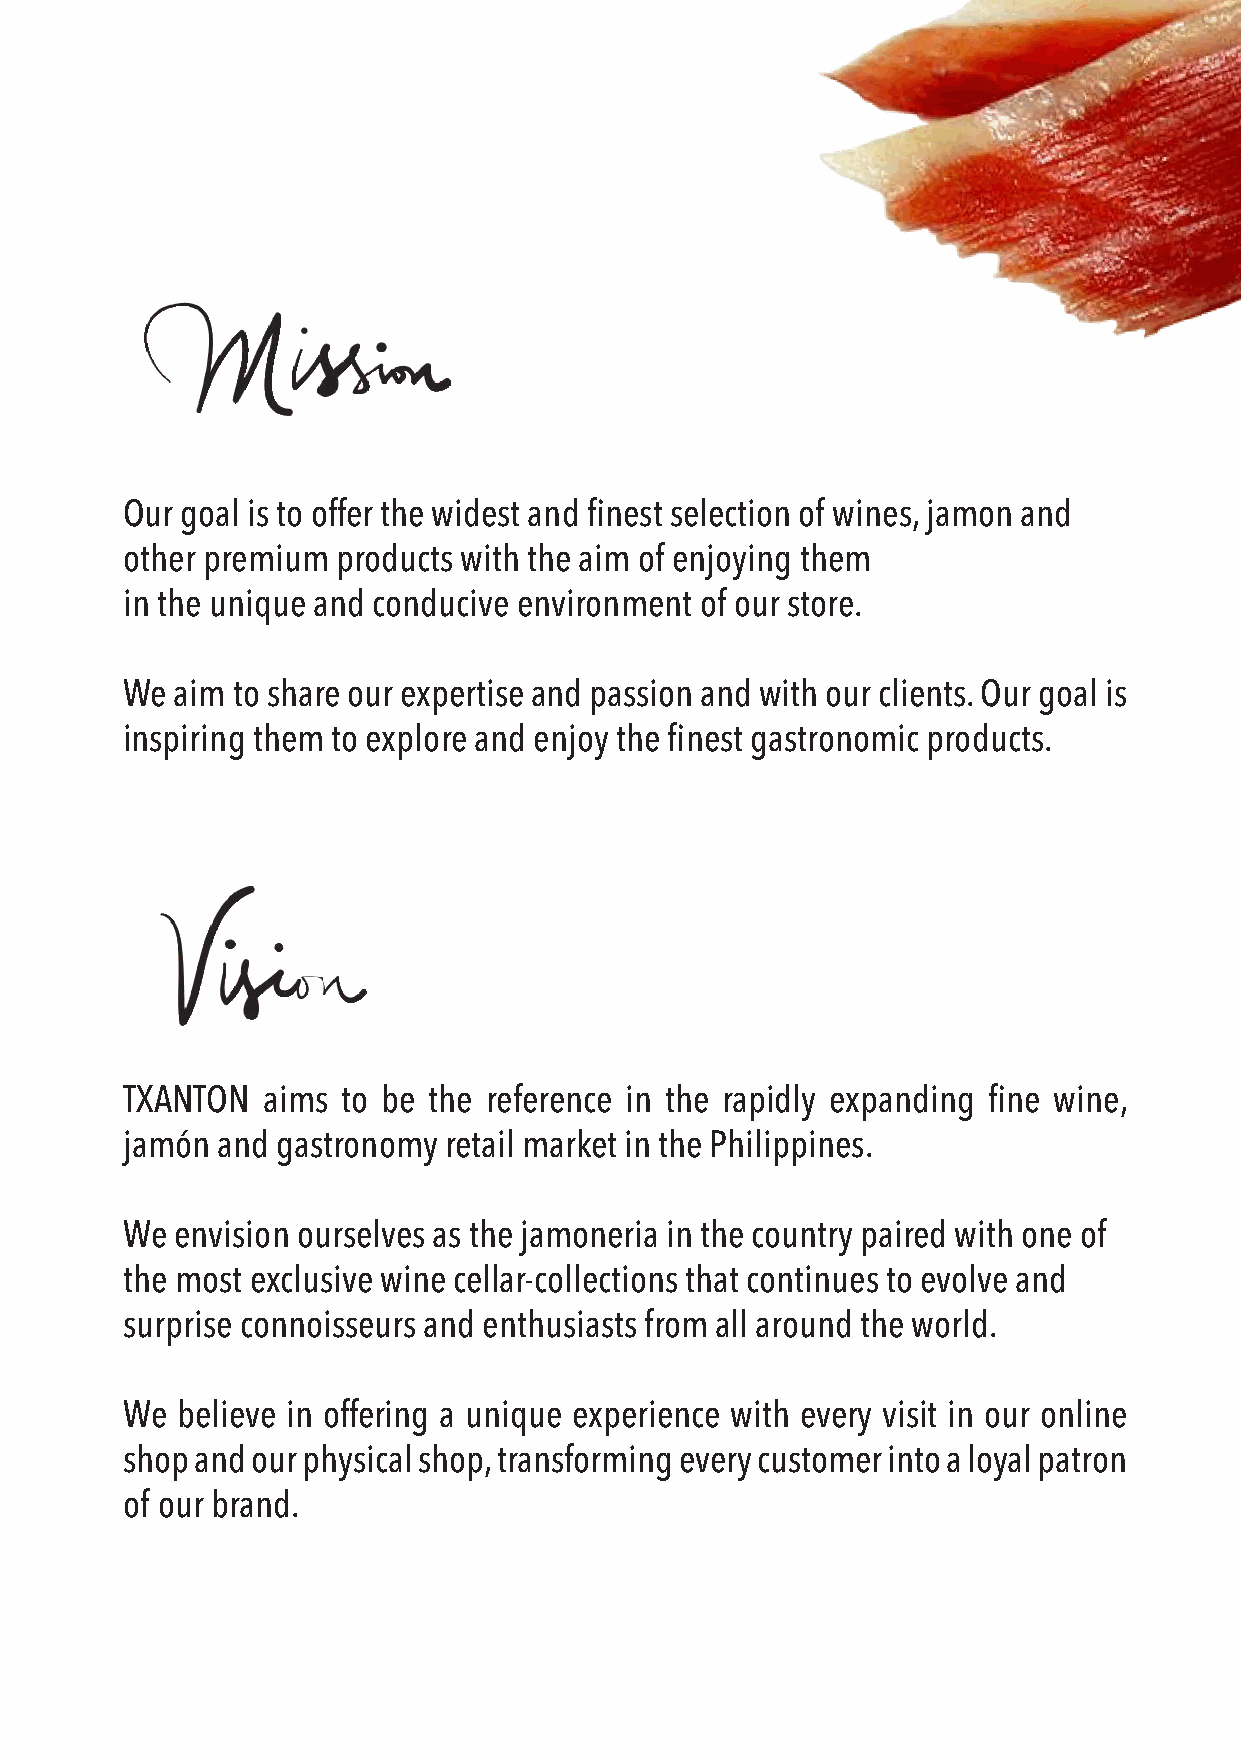
Our goal is to offer the widest and finest selection of wines, jamon and
 other premium products with the aim of enjoying them
 in the unique and conducive environment of our store.
 We  aim to share our expertise and passion and with our clients. Our goal is
 inspiring them to explore and enjoy the finest gastronomic products.
 TXANTON  aims  to be the reference in the rapidly expanding fine wine,
 jamón and gastronomy retail market in the Philippines.
 We  envision ourselves as the jamoneria in the country paired with one of
 the most exclusive wine cellar-collections that continues to evolve and
 surprise connoisseurs and enthusiasts from all around the world.
 We  believe in offering a unique experience with every visit in our online
 shop and our physical shop, transforming every customer into a loyal patron
 of our brand.